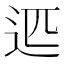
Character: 𰺴